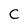
Character: C